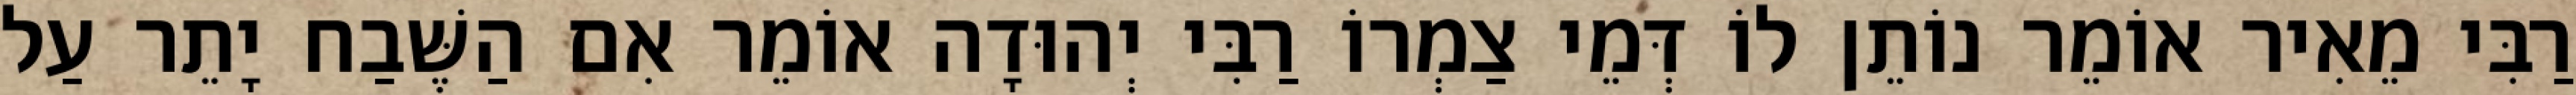
רַבִּי מֵאִיר אוֹמֵר נוֹתֵן לוֹ דְּמֵי צַמְרוֹ רַבִּי יְהוּדָה אוֹמֵר אִם הַשֶּׁבַח יָתֵר עַל